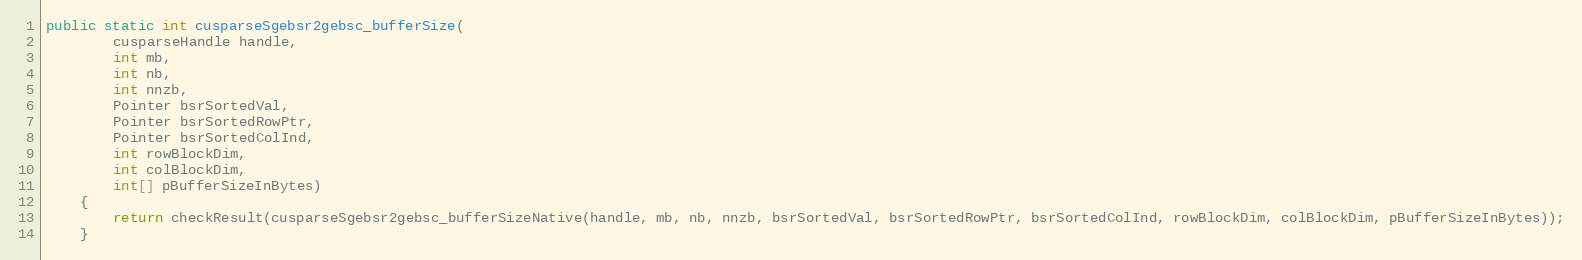
Language: Java
public static int cusparseSgebsr2gebsc_bufferSize(
        cusparseHandle handle,
        int mb,
        int nb,
        int nnzb,
        Pointer bsrSortedVal,
        Pointer bsrSortedRowPtr,
        Pointer bsrSortedColInd,
        int rowBlockDim,
        int colBlockDim,
        int[] pBufferSizeInBytes)
    {
        return checkResult(cusparseSgebsr2gebsc_bufferSizeNative(handle, mb, nb, nnzb, bsrSortedVal, bsrSortedRowPtr, bsrSortedColInd, rowBlockDim, colBlockDim, pBufferSizeInBytes));
    }